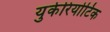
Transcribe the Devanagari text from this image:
युकेरियोटिक